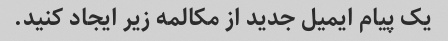
یک پیام ایمیل جدید از مکالمه زیر ایجاد کنید.